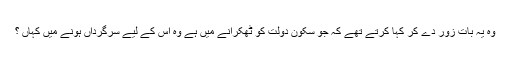
وہ یہ بات زور دے کر کہا کرتے تھے کہ جو سکون دولت کو ٹھکرانے میں ہے وہ اس کے لیے سرگرداں ہونے میں کہاں ؟